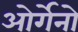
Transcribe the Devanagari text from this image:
ओर्गेनो